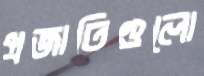
প্রজাতিগুলো